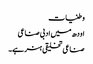
وطنیات
اودھ میں ادبی صناعی
صناعی تخلیقی ہنر ہے۔